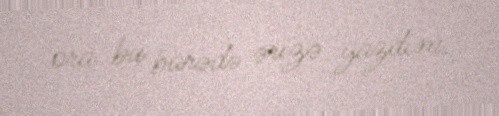
ora bu barədə ərizə yazdım.